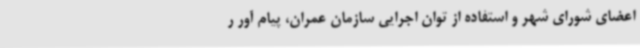
اعضای شورای شهر و استفاده از توان اجرایی سازمان عمران، پیام آور ر